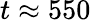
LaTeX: t\approx 550